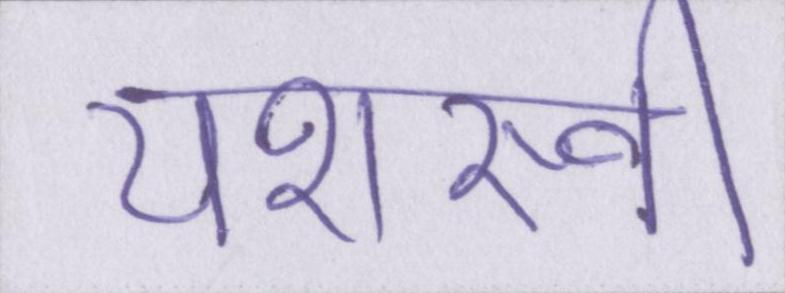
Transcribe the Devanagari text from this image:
यशस्वी